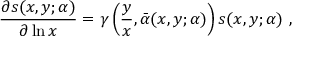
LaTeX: \frac { \partial s ( x , y ; \alpha ) } { \partial \ln x } = \gamma \left( \frac { y } { x } , \bar { \alpha } ( x , y ; \alpha ) \right) s ( x , y ; \alpha ) ~ ,